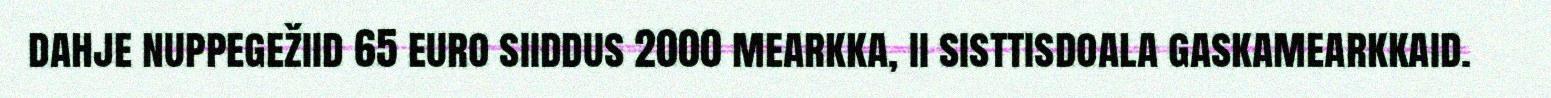
dahje nuppegežiid 65 euro siiddus 2000 mearkka, ii sisttisdoala gaskamearkkaid.